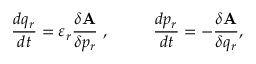
{ \frac { d { q _ { r } } } { d t } } = \varepsilon _ { r } { \frac { \delta { \bf A } } { \delta p _ { r } } } ~ , ~ ~ ~ ~ ~ ~ ~ ~ { \frac { d { p _ { r } } } { d t } } = - { \frac { \delta { \bf A } } { \delta q _ { r } } } ,